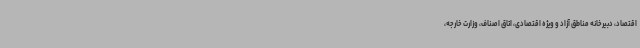
اقتصاد، دبیرخانه مناطق آزاد و ویژه اقتصادی، اتاق اصناف، وزارت خارجه،